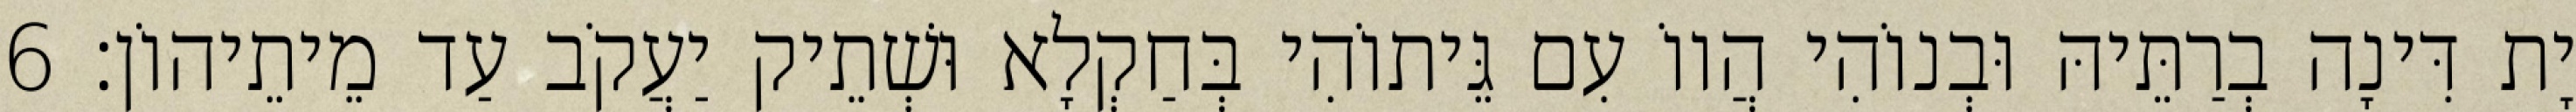
יָת דִּינָה בְרַתֵּיהּ וּבְנוֹהִי הֲווֹ עִם גֵּיתוֹהִי בְּחַקְלָא וּשְׁתֵיק יַעֲקֹב עַד מֵיתֵיהוֹן׃ 6